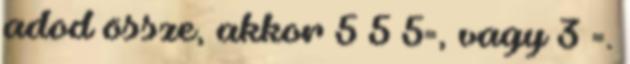
adod össze, akkor 5 5 5=, vagy 3 =.